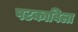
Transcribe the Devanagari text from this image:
पटकाविला